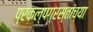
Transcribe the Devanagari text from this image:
प्रकल्पग्रस्तांच्या